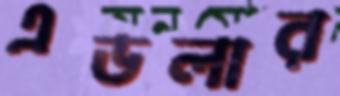
এডলার